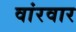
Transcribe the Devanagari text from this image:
वांरवार